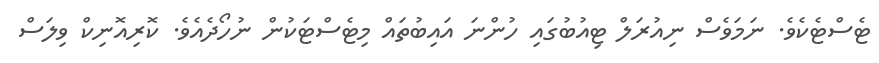
ޓެސްޓެކެވެ. ނަމަވެސް ނިއުރަލް ޓިއުބުގައި ހުންނަ އައިބުތައް މިޓެސްޓަކުން ނުހޯދެއެވެ. ކޮރިއޮނިކް ވިލަސް